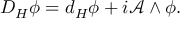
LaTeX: D _ { H } \phi = d _ { H } \phi + i { \mathcal A } \wedge \phi .